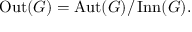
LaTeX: \operatorname { O u t } ( G ) = \operatorname { A u t } ( G ) / \operatorname { I n n } ( G ) .